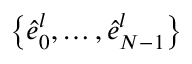
\big \{ \hat { e } _ { 0 } ^ { l } , \dots , \hat { e } _ { N - 1 } ^ { l } \big \}